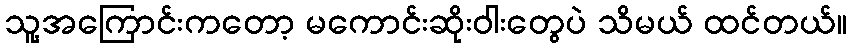
သူ့အကြောင်းကတော့ မကောင်းဆိုးဝါးတွေပဲ သိမယ် ထင်တယ်။